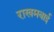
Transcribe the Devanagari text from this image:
राखमबाई